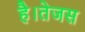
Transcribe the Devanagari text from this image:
है।तेजस